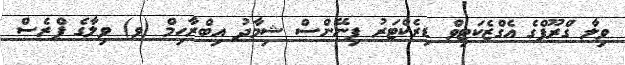
ވިލާ ގްރޫޕްގެ އެގްޒެކަޓިވް ޑިރެކްޓަރު ފިނޭންސް ޝިމާދު އިބްރާހިމް (ވ) ވިލާގެ ޕްރެސް